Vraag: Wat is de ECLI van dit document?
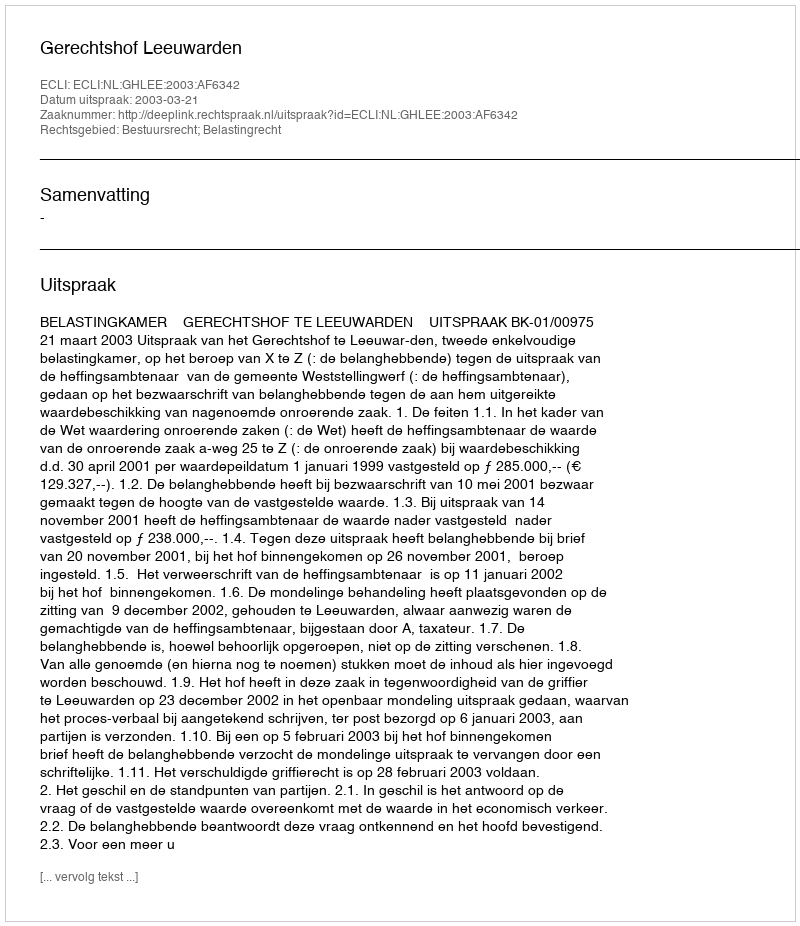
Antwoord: ECLI:NL:GHLEE:2003:AF6342